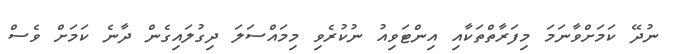
ނުދޭ ކަމަށްވާނަމަ މިފަރާތްތަކާއި އިންޓަވިއު ނުކުރެވި މިމައްސަލަ ދިގުލައިގެން ދާނެ ކަމަށް ވެސް